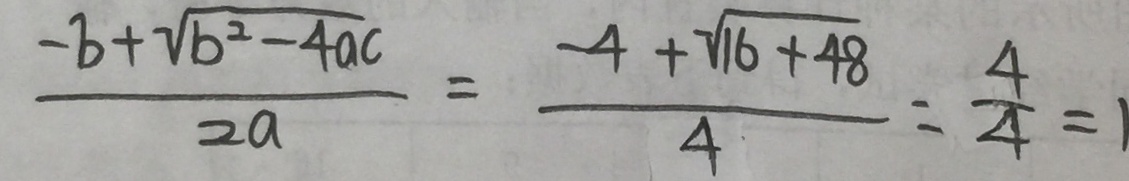
\frac { - b + \sqrt { b ^ { 2 } - 4 a c } } { 2 a } = \frac { - 4 + \sqrt { 1 6 + 4 8 } } { 4 } = \frac { 4 } { 4 } = 1